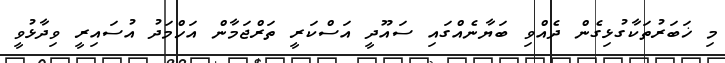
މި ޚަބަރުތަކާގުޅިގެން ދެއްވި ބަޔާނެއްގައި ސައޫދީ އަސްކަރީ ތަރްޖަމާން އަހްމަދު އުސައިރީ ވިދާޅުވީ